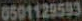
0501129593